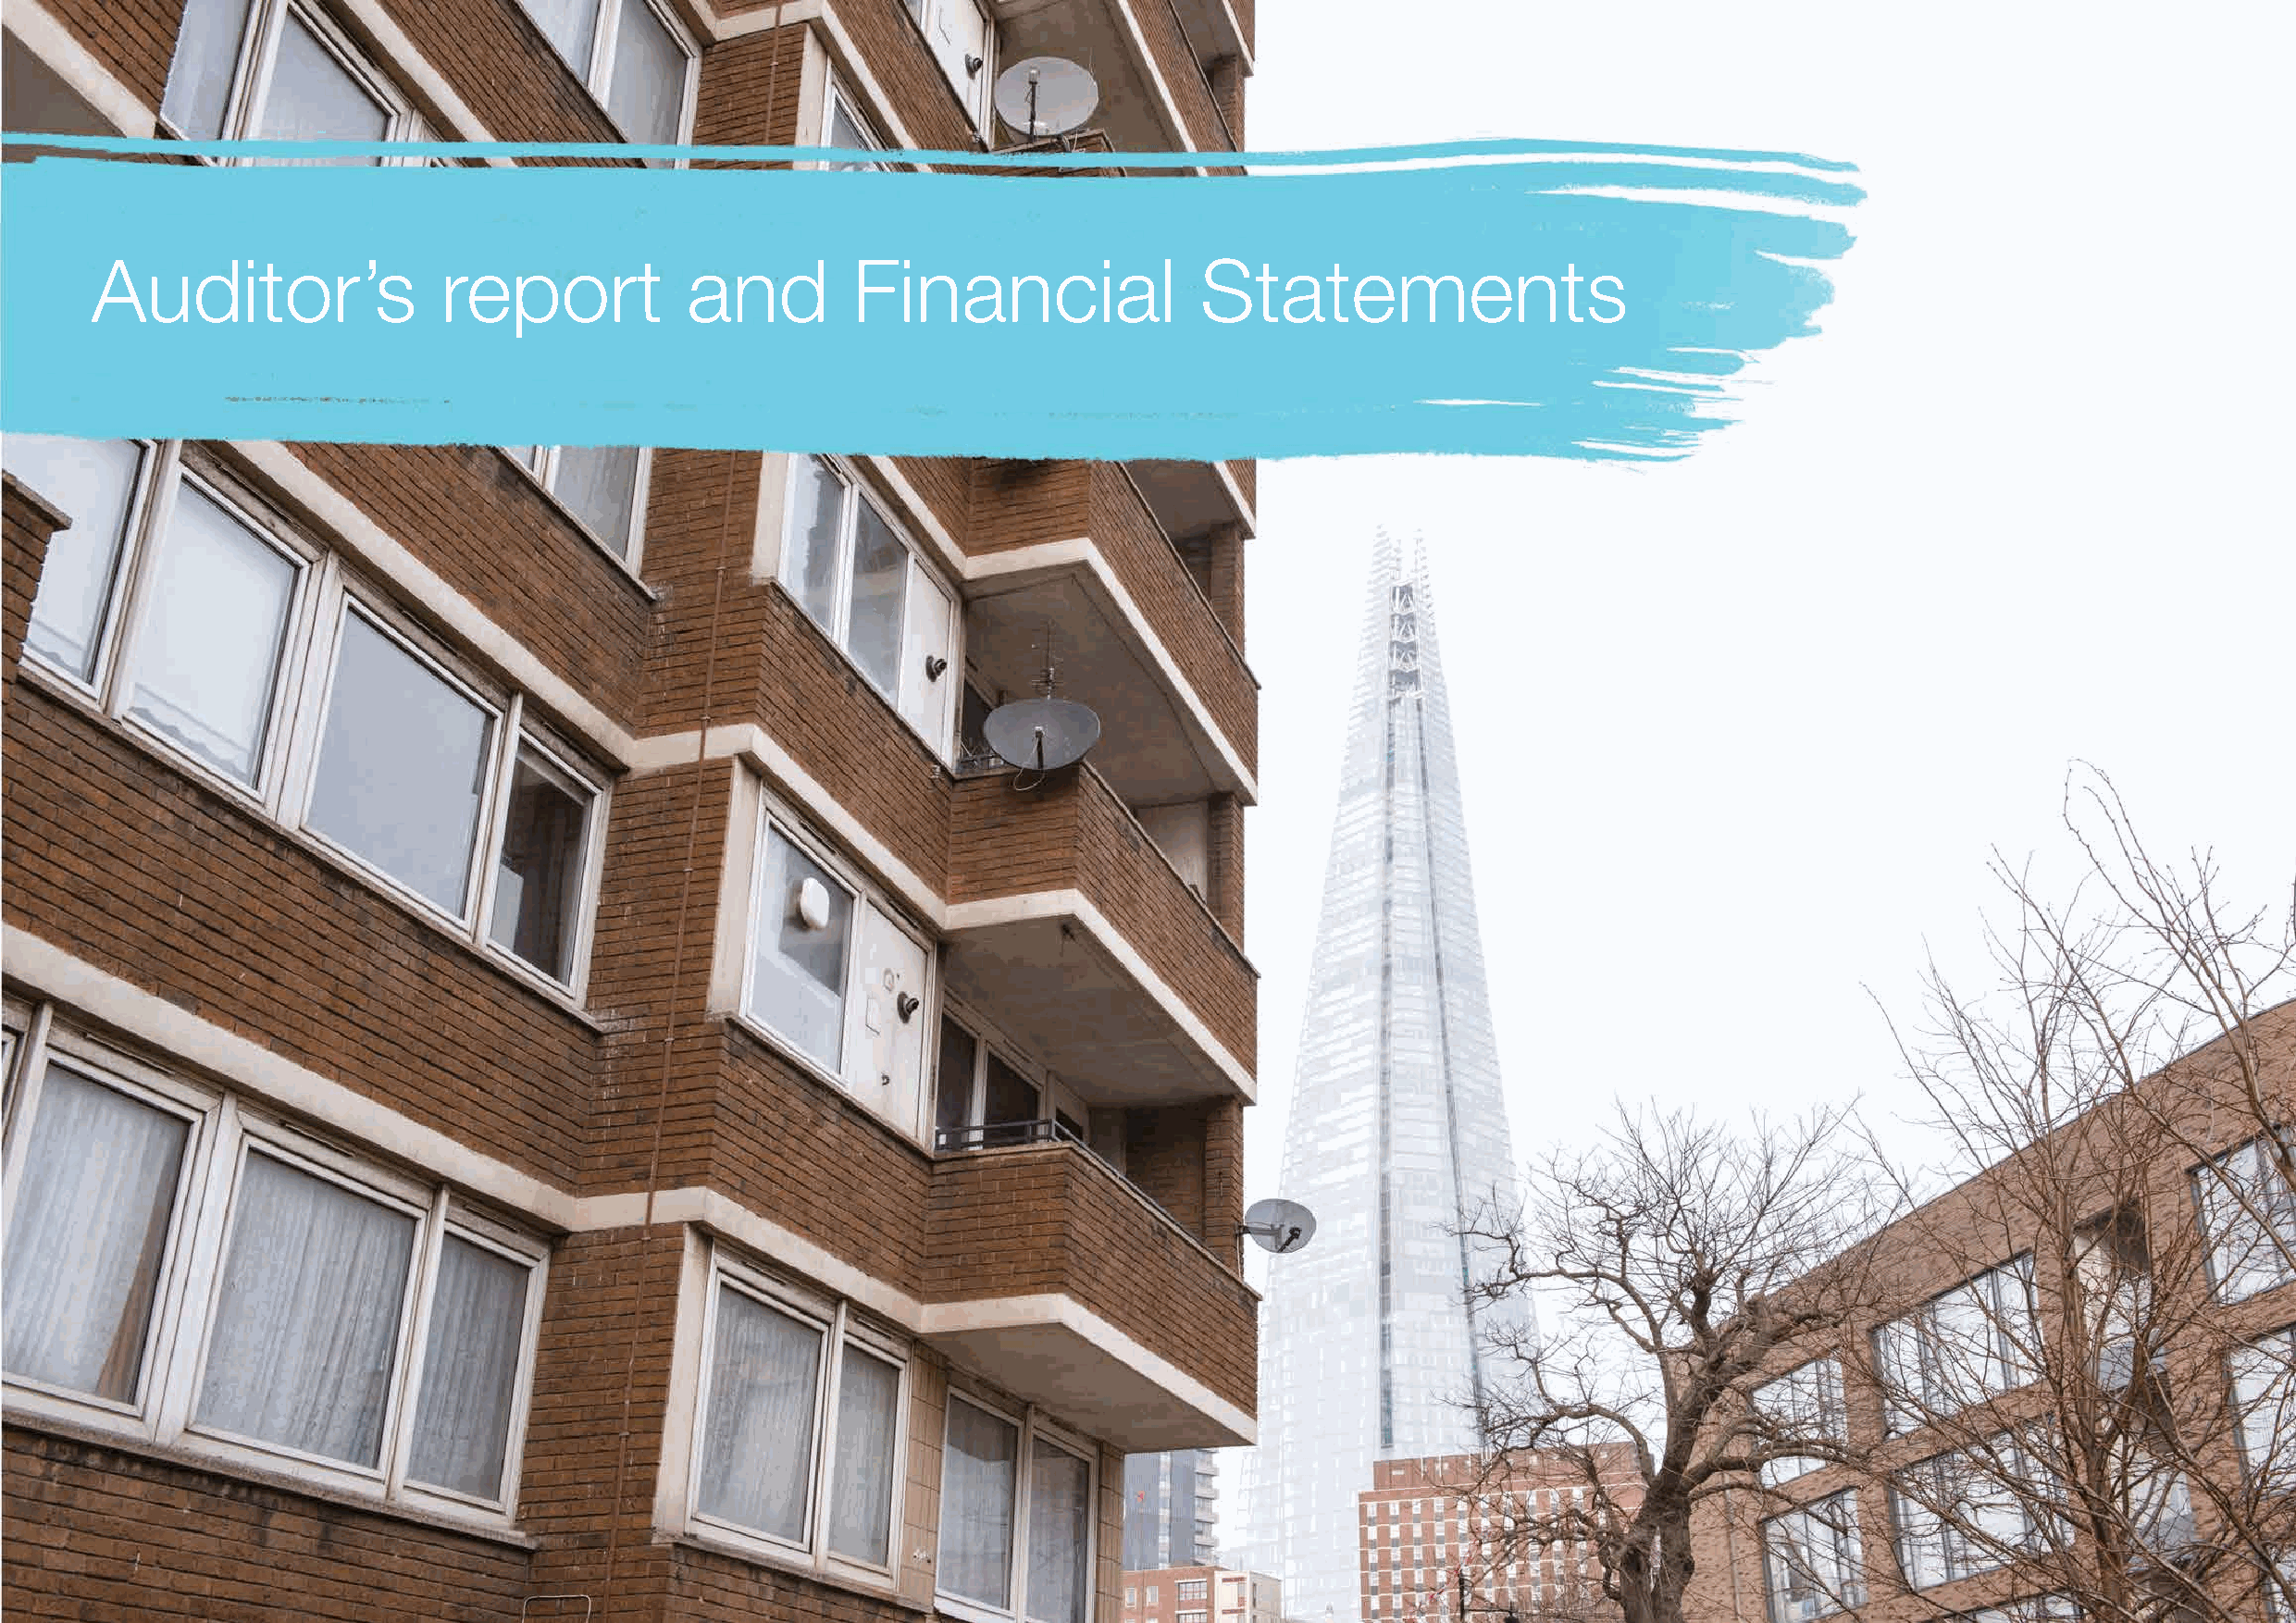
Auditor’s                report           and         Financial                Statements